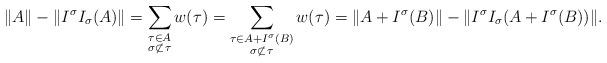
LaTeX: \begin{align*}\|A\| - \|I^\sigma I_\sigma(A)\| = \sum_{\substack{\tau \in A \\ \sigma \not \subset \tau}} w(\tau) = \sum_{\substack{\tau \in A+I^\sigma(B) \\ \sigma \not \subset \tau}} w(\tau)= \|A+I^\sigma(B)\| - \|I^\sigma I_\sigma(A+I^\sigma(B))\|.\end{align*}